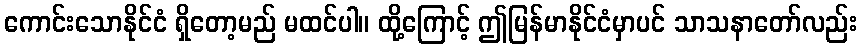
ကောင်းသောနိုင်ငံ ရှိတော့မည် မထင်ပါ။ ထို့ကြောင့် ဤမြန်မာနိုင်ငံမှာပင် သာသနာတော်လည်း